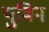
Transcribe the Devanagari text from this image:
युबिन